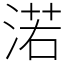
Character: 渃